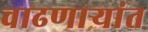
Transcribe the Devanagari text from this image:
वाढणार्‍यांत